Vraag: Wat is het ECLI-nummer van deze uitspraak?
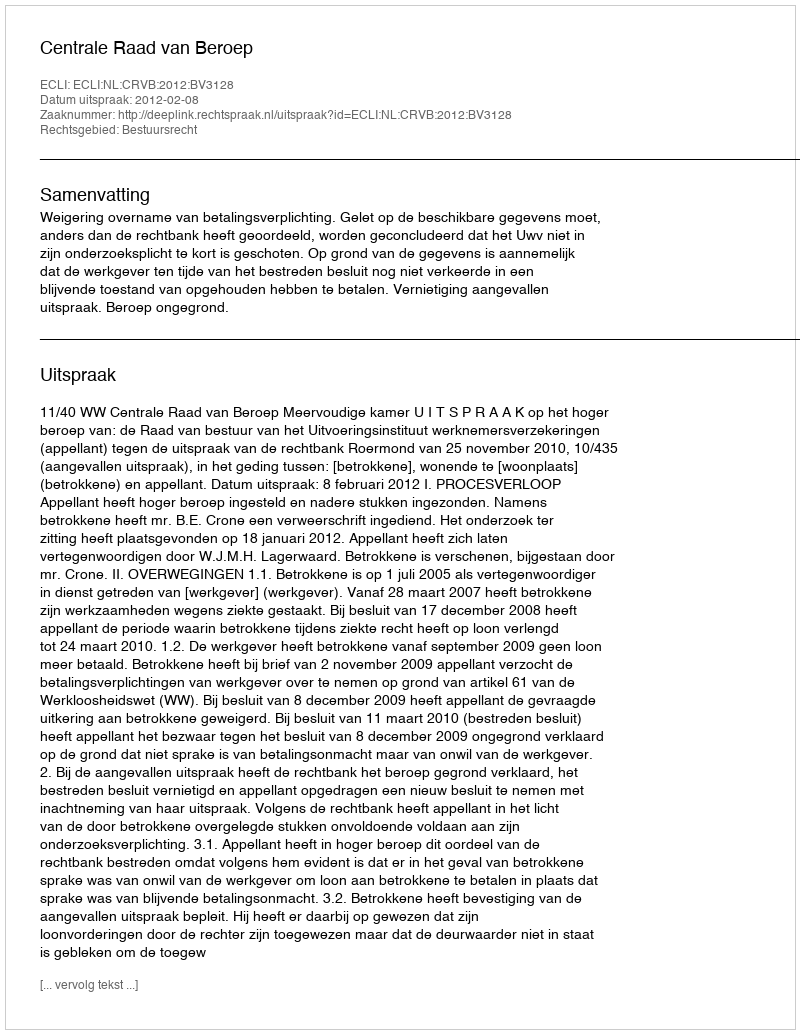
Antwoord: ECLI:NL:CRVB:2012:BV3128